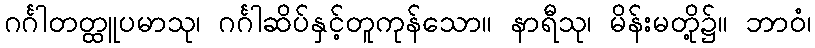
ဂင်္ဂါတတ္ထူပမာသု၊ ဂင်္ဂါဆိပ်နှင့်တူကုန်သော။ နာရီသု၊ မိန်းမတို့၌။ ဘာဝံ၊